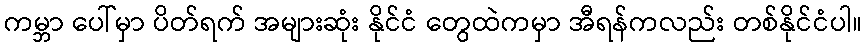
ကမ္ဘာ ပေါ်မှာ ပိတ်ရက် အများဆုံး နိုင်ငံ တွေထဲကမှာ အီရန်ကလည်း တစ်နိုင်ငံပါ။